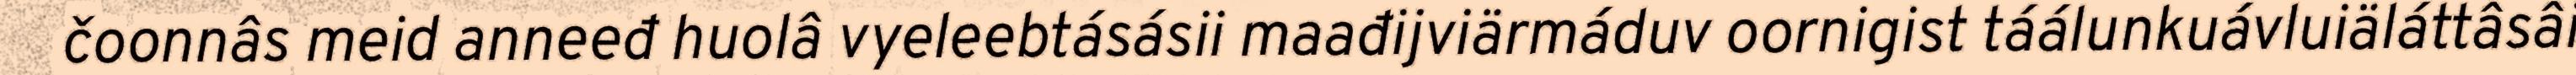
čoonnâs meid anneeđ huolâ vyeleebtásásii maađijviärmáduv oornigist táálunkuávluiäláttâsâi